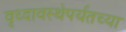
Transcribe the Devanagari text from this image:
वृध्दावस्थेपर्यंतच्या